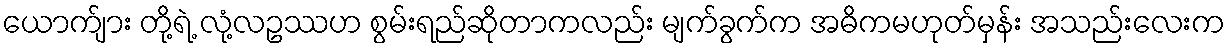
ယောက်ျား တို့ရဲ့ လုံ့လဥဿဟ စွမ်းရည်ဆိုတာကလည်း မျက်ခွက်က အဓိကမဟုတ်မှန်း အသည်းလေးက